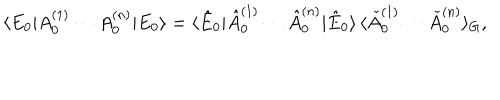
\langle E _ { 0 } | A _ { 0 } ^ { ( 1 ) } \cdots A _ { 0 } ^ { ( n ) } | E _ { 0 } \rangle = \langle \hat { E } _ { 0 } | \hat { A } _ { 0 } ^ { ( 1 ) } \cdots \hat { A } _ { 0 } ^ { ( n ) } | \hat { E } _ { 0 } \rangle \, \langle \check { A } _ { 0 } ^ { ( 1 ) } \cdots \check { A } _ { 0 } ^ { ( n ) } \rangle _ { G } ,